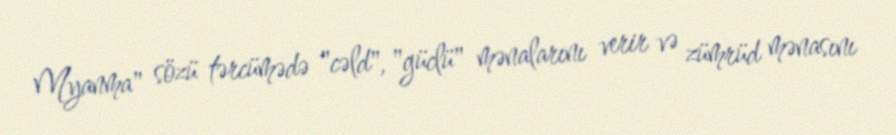
Myanma" sözü tərcümədə "cəld", "güclü" mənalarını verir və zümrüd mənasını